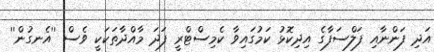
އަދި ފަންނާއި ފަލްސަފާގެ އިދިކޮޅު ކަމުގައިވާ ކެމިސްޓްރީ ފަދަ މާއްދާތަކަކީ ވެސް ''އެނގުން''